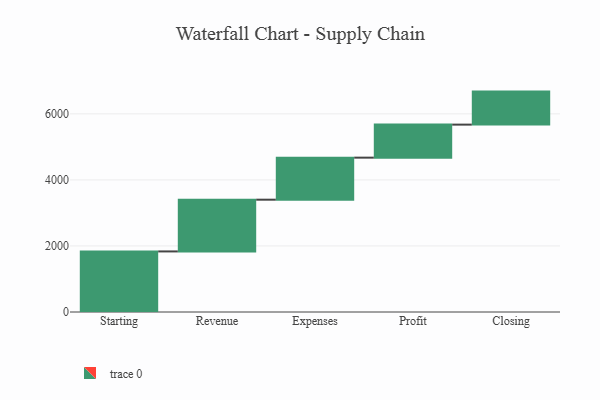
{"axis": {"x": "Step", "y": "Value"}, "legend": [""], "data": [{"x": "Starting", "y": 1834.0, "type": ""}, {"x": "Revenue", "y": 1567.0, "type": ""}, {"x": "Expenses", "y": 1273.0, "type": ""}, {"x": "Profit", "y": 1000, "type": ""}, {"x": "Closing", "y": 1000, "type": ""}]}